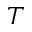
T